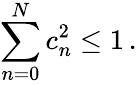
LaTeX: \sum_{n=0}^{N}c_{n}^{2}\leq 1\, .